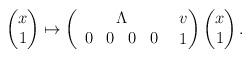
LaTeX: \begin{align*}\begin{pmatrix}x\\1\end{pmatrix}\mapsto\begin{pmatrix}\Lambda & v\\\begin{array}{cccc}0 & 0 & 0 & 0\end{array}&1\end{pmatrix}\begin{pmatrix}x\\1\end{pmatrix}.\end{align*}